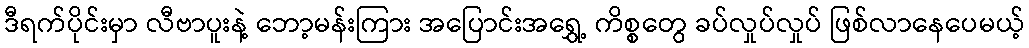
ဒီရက်ပိုင်းမှာ လီဗာပူးနဲ့ ဘော့မန်းကြား အပြောင်းအရွှေ့ ကိစ္စတွေ ခပ်လှုပ်လှုပ် ဖြစ်လာနေပေမယ့်